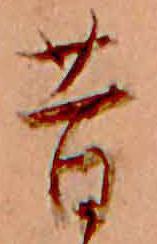
昔